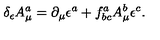
\delta _ { \epsilon } A _ { \mu } ^ { a } = \partial _ { \mu } \epsilon ^ { a } + f _ { b c } ^ { a } A _ { \mu } ^ { b } \epsilon ^ { c } .